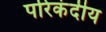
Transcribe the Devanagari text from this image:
परिकंदीय